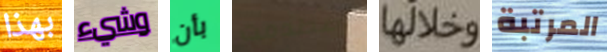
بهذا وشيء بأن إصطدمت وخلالها المرتبة